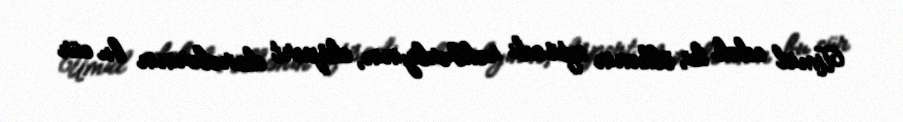
Ümid edək ki, ölkənin iqtisadi rəhbərliyinin, ekspert dairələrinin bu cür